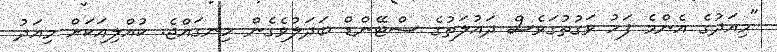
"މިއަދުގެ އެންމެ ފަހު ވަގުތުގަވެސް ދައުލަތުގެ ސްޓޭންޑް ބަދަލުވެގެން ހިނގައްޖެ. ކުއްލިއަކަށް މިއަދު